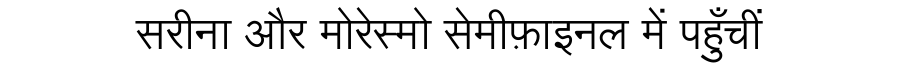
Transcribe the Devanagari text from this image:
सरीना और मोरेस्मो सेमीफ़ाइनल में पहुँचीं